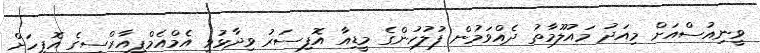
ވީނިއުސްއަށް މިއަދު މައުލޫމާތު ދެއްވަމުން ފުލުހުންގެ މީޑިއާ އޮފިސަރު ވިދާޅުވީ އެމްއެމްޕީއާރްސީގެ އޮފީހަށް